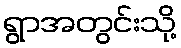
ရွာအတွင်းသို့